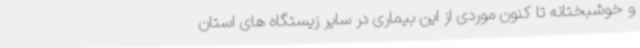
و خوشبختانه تا کنون موردی از این بیماری در سایر زیستگاه های استان